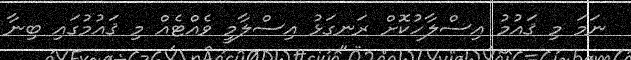
ނަމަ މި ޤައުމު އިސްލާހުކޮށް ރަނގަޅު އިސްލާމީ ވެއްޓެއް މި ޤައުމުގައި ބިނާ